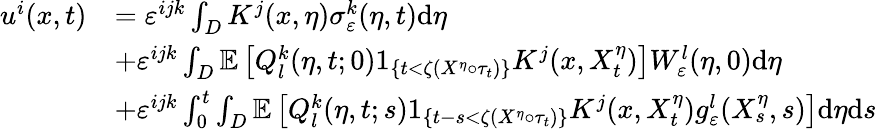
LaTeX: \begin{array}{rl}{u^{i}(x,t)}&{=\varepsilon^{ijk}\int_{D}K^{j}(x,\eta)\sigma_{\varepsilon}^{k}(\eta,t)\textrm{d}\eta}\\ &{+\varepsilon^{ijk}\int_{D}\mathbb{E}\left[Q_{l}^{k}(\eta,t;0)1_{\{ t<\zeta(X^{\eta}\circ\tau_{t})\} }K^{j}(x,X_{t}^{\eta})\right]W_{\varepsilon}^{l}(\eta,0)\textrm{d}\eta}\\ &{+\varepsilon^{ijk}\int_{0}^{t}\int_{D}\mathbb{E}\left[Q_{l}^{k}(\eta,t;s)1_{\{ t-s<\zeta(X^{\eta}\circ\tau_{t})\} }K^{j}(x,X_{t}^{\eta})g_{\varepsilon}^{l}(X_{s}^{\eta},s)\right]\textrm{d}\eta\textrm{d}s}\end{array}